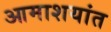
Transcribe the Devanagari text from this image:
आमाशयांत